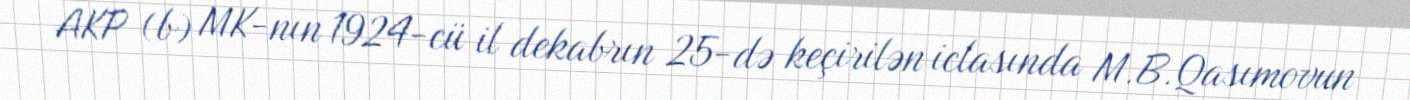
AKP (b) MK-nın 1924-cü il dekabrın 25-də keçirilən iclasında M.B.Qasımovun